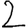
Digit: 2